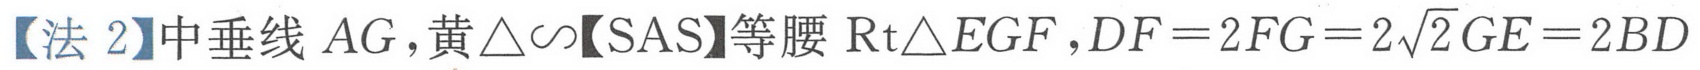
【法 2】中垂线 \(AG\)，黄\(\triangle\sim\)【SAS】等腰 \(\text{Rt}\triangle EGF\)，\(DF = 2FG=2\sqrt{2}GE = 2BD\)